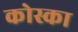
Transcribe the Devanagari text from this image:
कोस्का